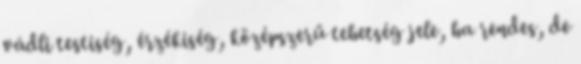
vádli testiség, érzékiség, középszerű tehetség jele, ha rendes, de